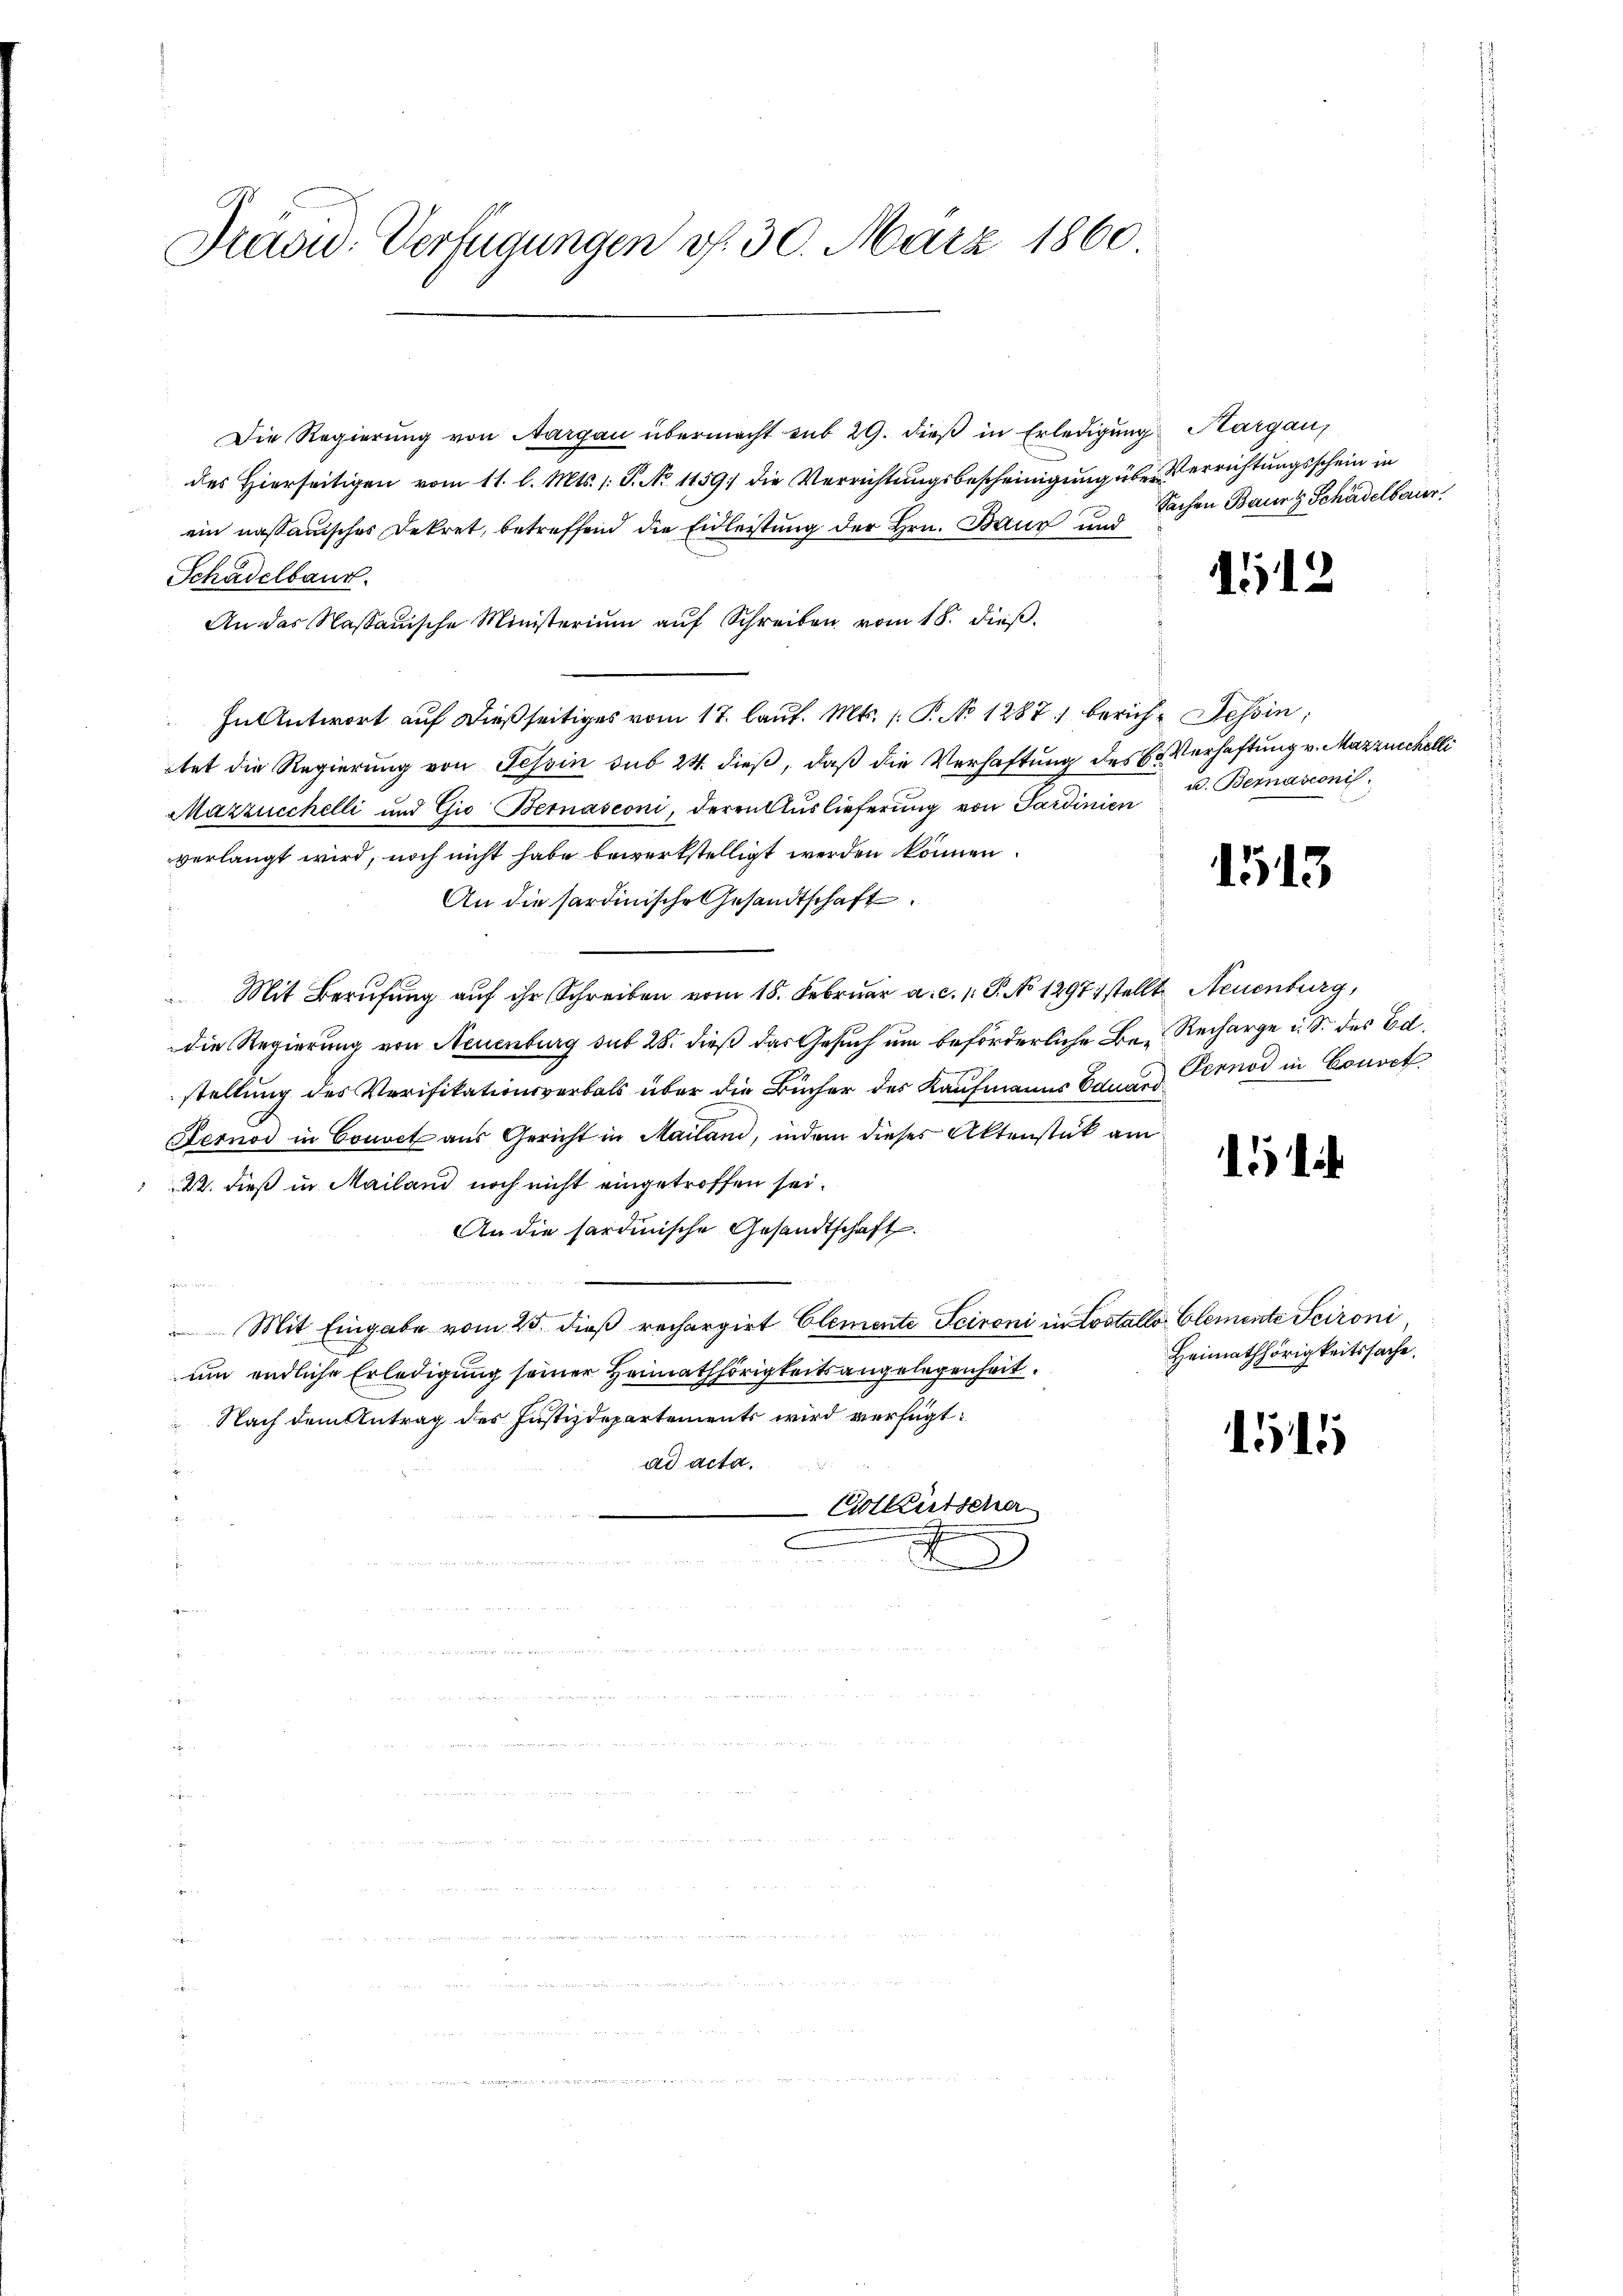
Präsid. Verfügungen v. 30. März 1860

Die Regierung von Aargau übermacht sub 29. dieß in Erledigung Kargau,
des Hierseitigen vom 11. l. Mts. 1. P. No 1159) die Verrichtungsbescheinigung über Verrichtungsschein in
ein nassauisches Dekret, betreffend die Eidleistung der Hrn. Bauz und Sachen Baur & Schädelbauer
Schadelbaut.
An das Nassauische Ministerium aŭf Schreiben vom 18. dieβ.
In Antwort auf dießseitiges vom 17. lauf. Mts. (: P. No 1287. 1 bericht Tessin,
tet die Regierung von Tessin sub 24. dieß, daß die Verhaftung des Verhaftung v. Mazzeichelli
Mazzucchelli und Gio Bernasconi, deren Aŭslieferŭng von Sardinien u. Bernasconi,
verlangt wird, noch nicht habe bewerkstelligt werden können.
An die sardinische Gesandtschaft.
Mit Berufung auf ihr Schreiben vom 18. Februar a. c. 1. P. No 12971 stellt Neuenburg,
die Regierung von Neuenburg sub 28. dieß das Gesuch um beförderliche Be- Recharge u. S. des Ed.
stellung des Verifikationsverbals über die Bücher des Kaufmanns Bauer Pernod in Conven
Fernos in Couvet aus Gericht in Mailand, indem dieses Aktenstück am
22. dieß in Mailand noch nicht eingetroffen sei.
An die sardinische Gesandtschaft
g
Mit Eingabe vom 25. dieß rechargirt Clemente Scironi in Lostallo Clemente Scironi
um endliche Erledigung seiner Heimathörigkeitsangelegenheit
Nach dem Antrag des Justizdepartements wird verfügt:
ad acta.
Citkutscha
u
.
s

1512

1513

1

Heimathörigkeitssache.

151